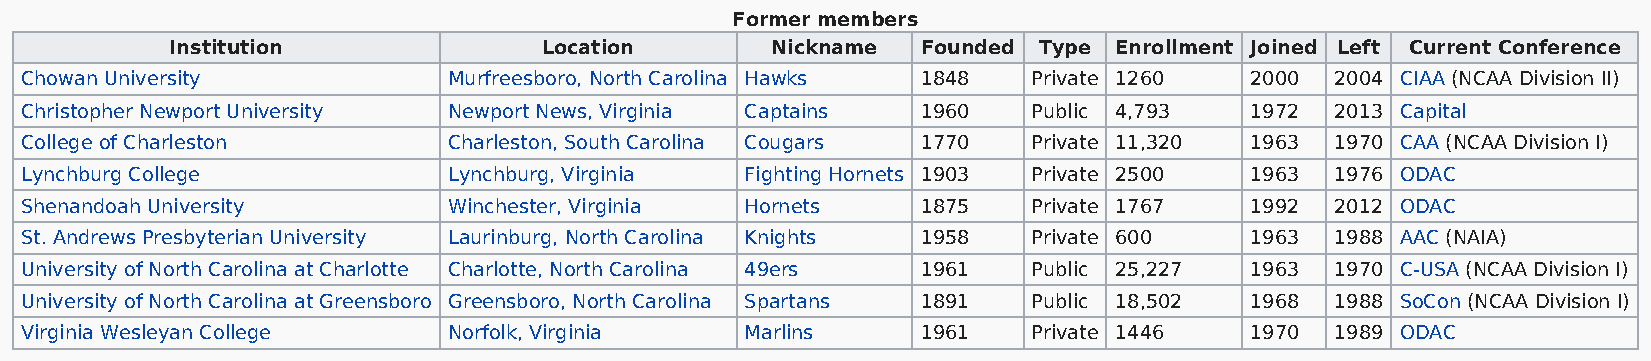
Former members
 Institution              Location       Nickname  Founded Type Enrollment Joined Left Current Conference
 Chowan University            Murfreesboro, North Carolina Hawks 1848 Private 1260 2000 2004 CIAA (NCAA Division II)
 Christopher Newport University Newport News, Virginia Captains 1960 Public 4,793  1972 2013 Capital
 College of Charleston        Charleston, South Carolina Cougars 1770 Private 11,320 1963 1970 CAA (NCAA Division I)
 Lynchburg College            Lynchburg, Virginia Fighting Hornets 1903 Private 2500 1963 1976 ODAC
 Shenandoah University        Winchester, Virginia Hornets   1875   Private 1767   1992 2012 ODAC
 St. Andrews Presbyterian University Laurinburg, North Carolina Knights 1958 Private 600 1963 1988 AAC (NAIA)
 University of North Carolina at Charlotte Charlotte, North Carolina 49ers 1961 Public 25,227 1963 1970 C-USA (NCAA Division I)
 University of North Carolina at Greensboro Greensboro, North Carolina Spartans 1891 Public 18,502 1968 1988 SoCon (NCAA Division I)
 Virginia Wesleyan College    Norfolk, Virginia  Marlins     1961   Private 1446   1970 1989 ODAC